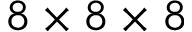
8 \times 8 \times 8